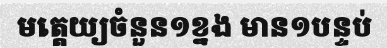
មត្តេយ្យចំនួន១ខ្នង មាន១បន្ទប់